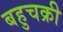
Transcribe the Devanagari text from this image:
बहुचक्री